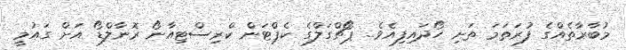
މުބާރާތެއްގެ ފުރަތަމަ ތަށި ހޯދައިފިއެވެ.. ޕޯޗްގަލްގެ ކެޕްޓަން ކްރިސްޓިއާނޯ ރޮނާލްޑޯ އަށް ގައުމީ